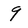
Character: 9